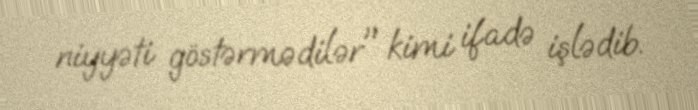
niyyəti göstərmədilər" kimi ifadə işlədib.